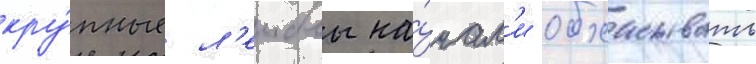
кру́пные л'еиблы на́чал'и обхаживать